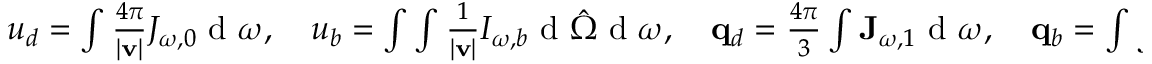
\begin{array} { r } { u _ { d } = \int \frac { 4 \pi } { | \mathbf v | } J _ { \omega , 0 } \textrm { d } \omega , \quad u _ { b } = \int \int \frac { 1 } { | \mathbf v | } I _ { \omega , b } \textrm { d } \hat { \boldsymbol \Omega } \textrm { d } \omega , \quad \mathbf q _ { d } = \frac { 4 \pi } { 3 } \int \mathbf J _ { \omega , 1 } \textrm { d } \omega , \quad \mathbf q _ { b } = \int \int I _ { \omega , b } \cos \theta \textrm { d } \hat { \boldsymbol \Omega } \textrm { d } \omega , } \end{array}